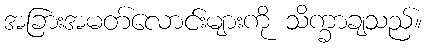
အခြားအမတ်လောင်းများကို သိက္ခာချသည်။